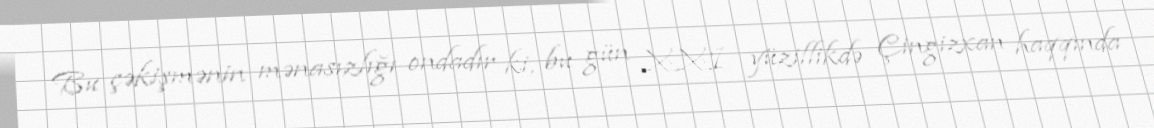
Bu çəkişmənin mənasızlığı ondadır ki, bu gün XXI yüzillikdə Çingizxan haqqında